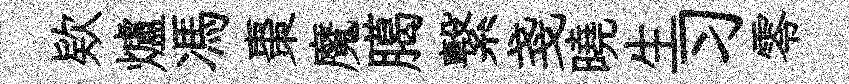
欵爐馮棗魔臈繋戔曉生习零